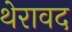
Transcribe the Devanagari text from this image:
थेरावद